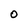
Character: O